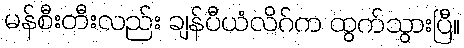
မန်စီးတီးလည်း ချန်ပီယံလိဂ်က ထွက်သွားပြီ။